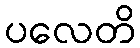
ပလေတိ